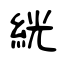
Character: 絖